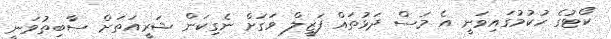
ކޯޓުގެ ހުކުމުގައިވަނީ އެ މަސް ދަޅުތައް ފަޒީލް ވަގަށް ނެގިކަން ޝަރީއަތަށް ސާބިތުވަނީ